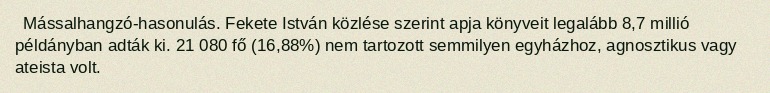
Mássalhangzó-hasonulás. Fekete István közlése szerint apja könyveit legalább 8,7 millió példányban adták ki. 21 080 fő (16,88%) nem tartozott semmilyen egyházhoz, agnosztikus vagy ateista volt.